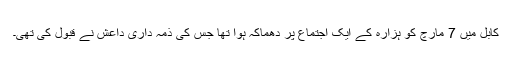
کابل میں 7 مارچ کو ہزارہ کے ایک اجتماع پر دھماکہ ہوا تھا جس کی ذمہ داری داعش نے قبول کی تھی۔